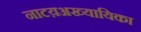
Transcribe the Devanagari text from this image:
नाटय़अख्यायिका